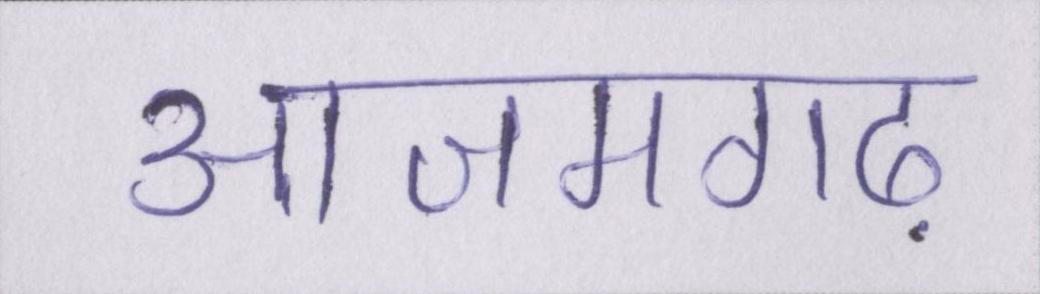
आजमगढ़